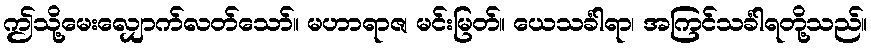
ဤသို့မေးလျှောက်လတ်သော်။ မဟာရာဇ၊ မင်းမြတ်။ ယေသင်္ခါရာ၊ အကြင်သင်္ခါရတို့သည်။